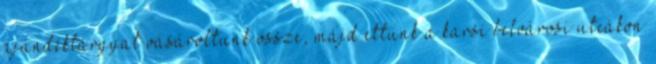
ajándéktárgyat vásároltunk össze, majd ettünk a karsi belvárosi utcákon